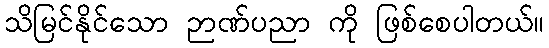
သိမြင်နိုင်သော ဉာဏ်ပညာ ကို ဖြစ်စေပါတယ်။